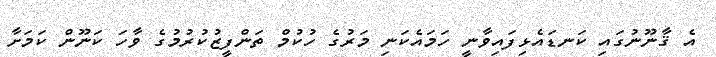
އެ ޤާނޫނުގައި ކަނޑައެޅިފައިވާނީ ހަމައެކަނި މަރުގެ ހުކުމް ތަންފީޒުކުރުމުގެ ވާހަ ކަނޫން ކަމަށާ